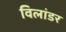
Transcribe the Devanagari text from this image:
विलांडर